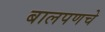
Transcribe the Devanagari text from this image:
बालपणचे